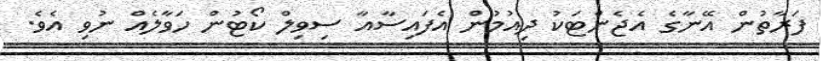
ފަރާތުން އޭނާގެ އެޖެންޓަކު ދިއުމުން އެފައިސާއާ ސިވިލް ކޯޓުން ހަވާލެއް ނުވި އެވެ.